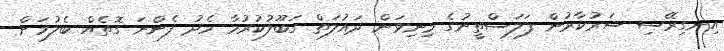
އިނގިރޭސި ސަރުކާރުން ފަލަސްތީނުގެ މިނިވަން ދައުލަތް ގަބޫލުކުރުމާ މެދު ފެންނަ ގޮތެއް ބެލުމަށް